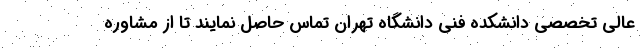
عالی تخصصی دانشکده فنی دانشگاه تهران تماس حاصل نمایند تا از مشاوره